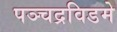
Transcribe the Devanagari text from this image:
पञ्चद्रविडमे